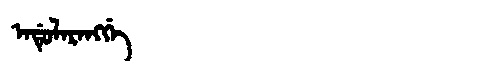
Manchu: ᠠᡩᡠᠯᠠᡵᠠᠩᡤᡝ
Romanization: ADULARANGGE